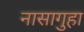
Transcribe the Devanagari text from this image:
नासागुहा